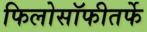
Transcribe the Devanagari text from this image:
फिलोसॉफीतर्फे